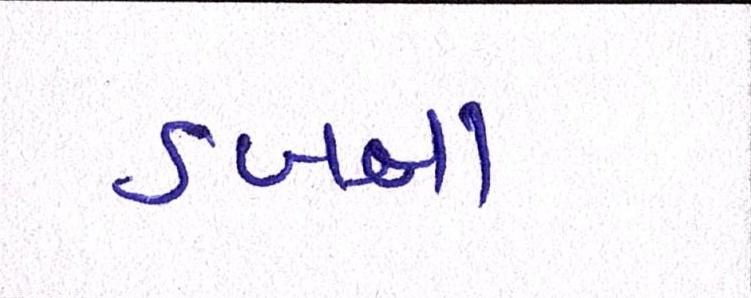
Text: ડબ્બા